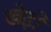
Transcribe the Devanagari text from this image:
खेड़ों